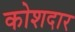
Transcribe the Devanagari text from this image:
कोशदार